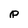
Character: p